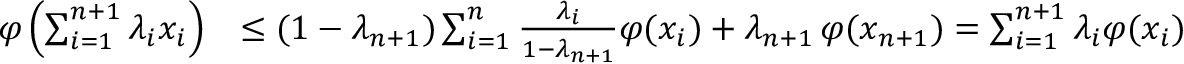
{ \begin{array} { r l } { \varphi \left( \sum _ { i = 1 } ^ { n + 1 } \lambda _ { i } x _ { i } \right) } & { \leq ( 1 - \lambda _ { n + 1 } ) \sum _ { i = 1 } ^ { n } { \frac { \lambda _ { i } } { 1 - \lambda _ { n + 1 } } } \varphi ( x _ { i } ) + \lambda _ { n + 1 } \, \varphi ( x _ { n + 1 } ) = \sum _ { i = 1 } ^ { n + 1 } \lambda _ { i } \varphi ( x _ { i } ) } \end{array} }